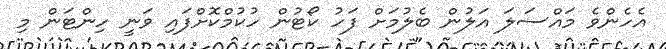
އެހެންވެ މައްސަލަ އަލުން ބެލުމަށް ފަހު ކޯޓުން ހުުކުމްކޮށްފައި ވަނީ ހިންޓަން މި